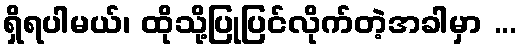
ရှိရပါမယ်၊ ထိုသို့ပြုပြင်လိုက်တဲ့အခါမှာ ...